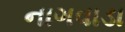
નાગવાડા